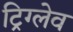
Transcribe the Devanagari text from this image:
ट्रिग्लेव